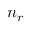
n _ { r }